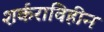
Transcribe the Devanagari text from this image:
शर्कराविहीन